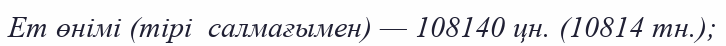
Ет өнімі (тірі  салмағымен) — 108140 цн. (10814 тн.);